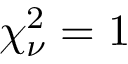
\chi _ { \nu } ^ { 2 } = 1